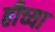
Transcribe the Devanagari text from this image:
हीच्या